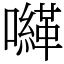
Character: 𡃈